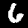
Label: 6